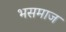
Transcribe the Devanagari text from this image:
भसमाज